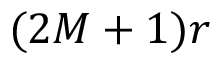
( 2 M + 1 ) r